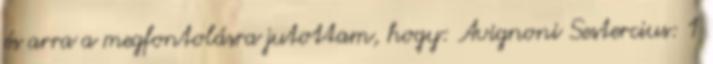
és arra a megfontolásra jutottam, hogy: Avignoni Sestercius: 1